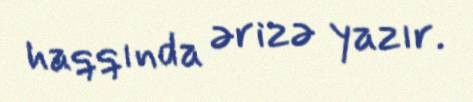
haqqında ərizə yazır.